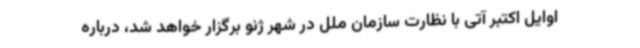
اوایل اکتبر آتی با نظارت سازمان ملل در شهر ژنو برگزار خواهد شد، درباره